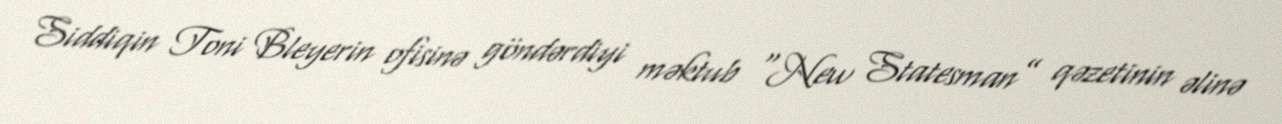
Siddiqin Toni Bleyerin ofisinə göndərdiyi məktub “New Statesman” qəzetinin əlinə